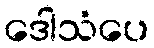
ဒေါသံပေ